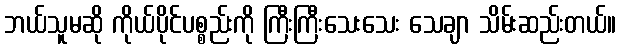
ဘယ်သူမဆို ကိုယ်ပိုင်ပစ္စည်းကို ကြီးကြီးသေးသေး သေချာ သိမ်းဆည်းတယ်။